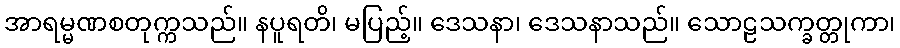
အာရမ္မဏစတုက္ကသည်။ နပူရတိ၊ မပြည့်။ ဒေသနာ၊ ဒေသနာသည်။ သောဠသက္ခတ္တုကာ၊